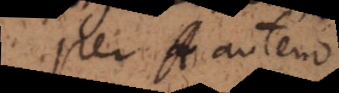
Per A autem